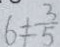
6 \neq \frac { 3 } { 5 }